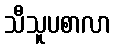
သီသူပစာလာ